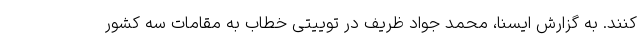
کنند. به گزارش ایسنا، محمد جواد ظریف در توییتی خطاب به مقامات سه کشور